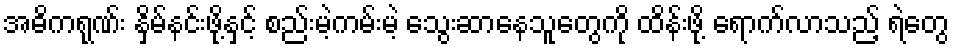
အဓိကရုဏ်း နှိမ်နင်းဖို့နှင့် စည်းမဲ့ကမ်းမဲ့ သွေးဆာနေသူတွေကို ထိန်းဖို့ ရောက်လာသည့် ရဲတွေ